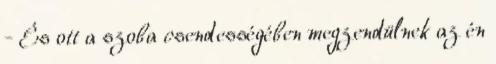
- És ott a szoba csendességében megzendülnek az én